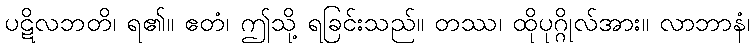
ပဋိလဘတိ၊ ရ၏။ ဧတံ၊ ဤသို့ ရခြင်းသည်။ တဿ၊ ထိုပုဂ္ဂိုလ်အား။ လာဘာနံ၊